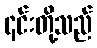
၎င်းတို့သည်